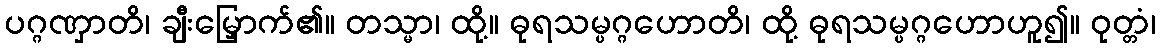
ပဂ္ဂဏှာတိ၊ ချီးမြှောက်၏။ တသ္မာ၊ ထို့။ ဓုရသမ္ပဂ္ဂဟောတိ၊ ထို့ ဓုရသမ္ပဂ္ဂဟောဟူ၍။ ဝုတ္တံ၊